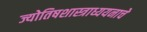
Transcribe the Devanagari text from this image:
ज्योतिषशास्त्राध्ययनाचे